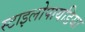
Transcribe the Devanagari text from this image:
स्टाइलोपायडिया